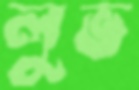
লুভ